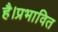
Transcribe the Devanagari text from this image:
है।प्रभावित